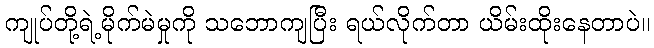
ကျုပ်တို့ရဲ့မိုက်မဲမှုကို သဘောကျပြီး ရယ်လိုက်တာ ယိမ်းထိုးနေတာပဲ။